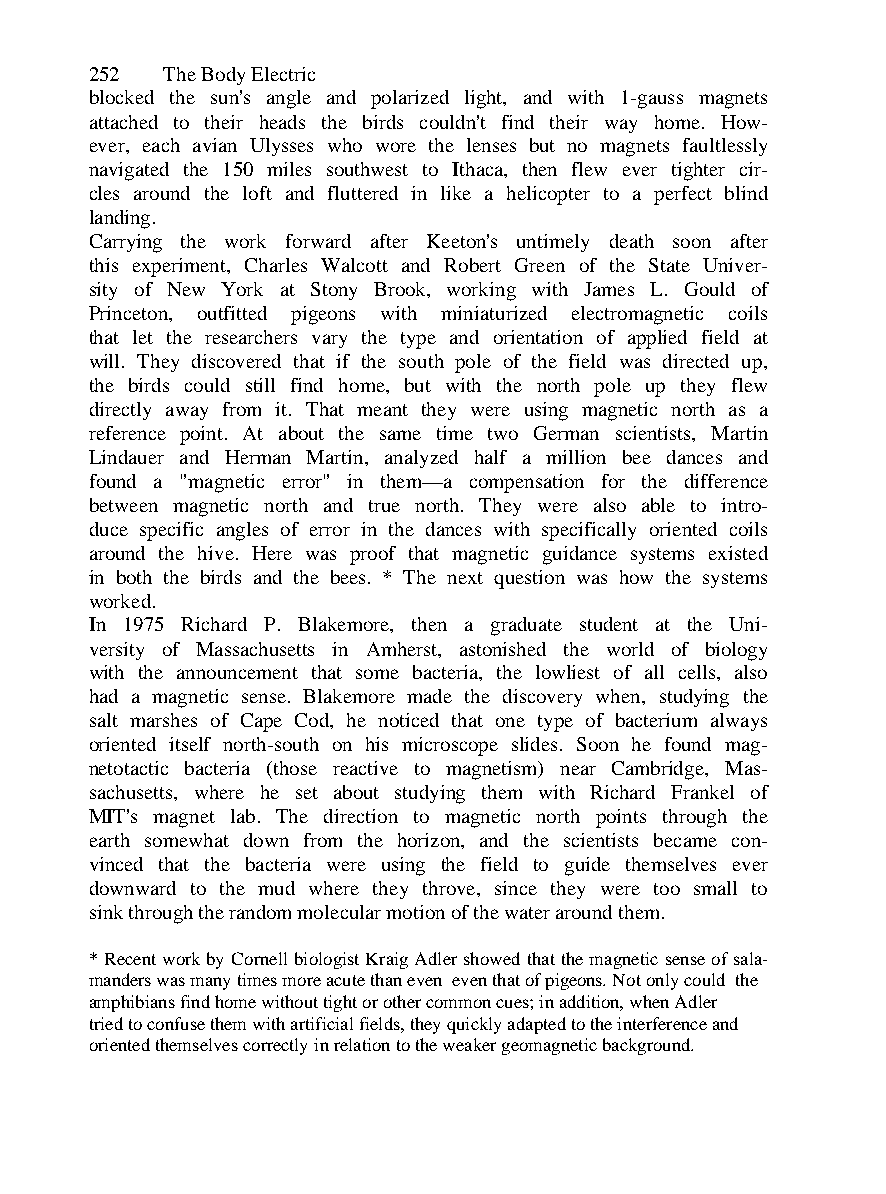
252  The Body Electric
 blocked the sun's angle and polarized light, and with 1-gauss magnets
 attached to their heads the birds couldn't find their way home. How-
 ever, each avian Ulysses who wore the lenses but no magnets faultlessly
 navigated the 150 miles southwest to Ithaca, then flew ever tighter cir-
 cles around the loft and fluttered in like a helicopter to a perfect blind
 landing.
 Carrying the work forward after Keeton's untimely death soon after
 this experiment, Charles Walcott and Robert Green of the State Univer-
 sity of New York at Stony Brook, working with James L. Gould of
 Princeton, outfitted pigeons with miniaturized electromagnetic coils
 that let the researchers vary the type and orientation of applied field at
 will. They discovered that if the south pole of the field was directed up,
 the birds could still find home, but with the north pole up they flew
 directly away from it. That meant they were using magnetic north as a
 reference point. At about the same time two German scientists, Martin
 Lindauer and Herman Martin, analyzed half a million bee dances and
 found a "magnetic error" in them—a compensation for the difference
 between magnetic north and true north. They were also able to intro-
 duce specific angles of error in the dances with specifically oriented coils
 around the hive. Here was proof that magnetic guidance systems existed
 in both the birds and the bees. * The next question was how the systems
 worked.
 In 1975 Richard P. Blakemore, then a graduate student at the Uni-
 versity of Massachusetts in Amherst, astonished the world of biology
 with the announcement that some bacteria, the lowliest of all cells, also
 had a magnetic sense. Blakemore made the discovery when, studying the
 salt marshes of Cape Cod, he noticed that one type of bacterium always
 oriented itself north-south on his microscope slides. Soon he found mag-
 netotactic bacteria (those reactive to magnetism) near Cambridge, Mas-
 sachusetts, where he set about studying them with Richard Frankel of
 MIT's magnet lab. The direction to magnetic north points through the
 earth somewhat down from the horizon, and the scientists became con-
 vinced that the bacteria were using the field to guide themselves ever
 downward to the mud where they throve, since they were too small to
 sink through the random molecular motion of the water around them.
 * Recent work by Cornell biologist Kraig Adler showed that the magnetic sense of sala-
 manders was many times more acute than even even that of pigeons. Not only could the
 amphibians find home without tight or other common cues; in addition, when Adler
 tried to confuse them with artificial fields, they quickly adapted to the interference and
 oriented themselves correctly in relation to the weaker geomagnetic background.